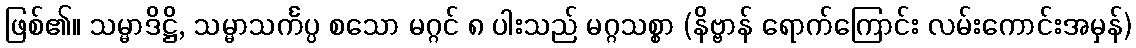
ဖြစ်၏။ သမ္မာဒိဋ္ဌိ, သမ္မာသင်္ကပ္ပ စသော မဂ္ဂင် ၈ ပါးသည် မဂ္ဂသစ္စာ (နိဗ္ဗာန် ရောက်ကြောင်း လမ်းကောင်းအမှန်)